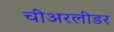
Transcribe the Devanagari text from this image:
चीअरलीडर